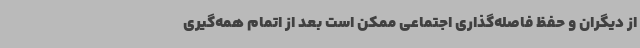
از دیگران و حفظ فاصله‌گذاری اجتماعی ممکن است بعد از اتمام همه‌گیری